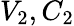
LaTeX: V_{2},C_{2}